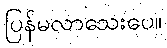
ပြန်မလာသေးပေ။